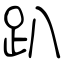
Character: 趴